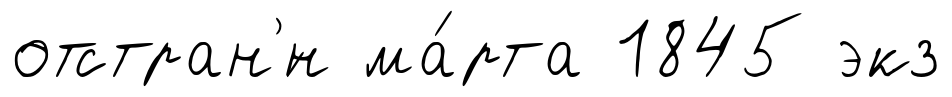
отстран'́н ма́рта 1845 экз